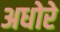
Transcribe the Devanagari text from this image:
अधोरे